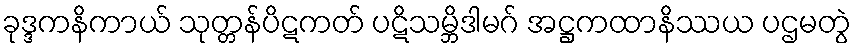
ခုဒ္ဒကနိကာယ် သုတ္တန်ပိဋကတ် ပဋိသမ္ဘိဒါမဂ် အဋ္ဌကထာနိဿယ ပဌမတွဲ